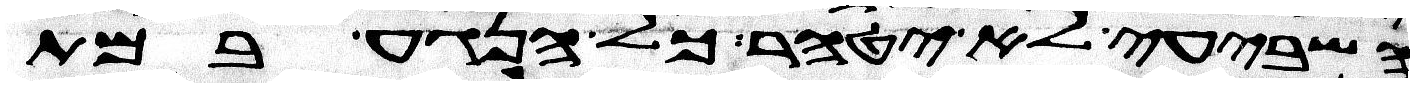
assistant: השביעי לא יטהר כל הנגע במת